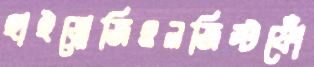
হাইড্রোজিওলজিস্টফোঁ